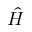
\hat { H }